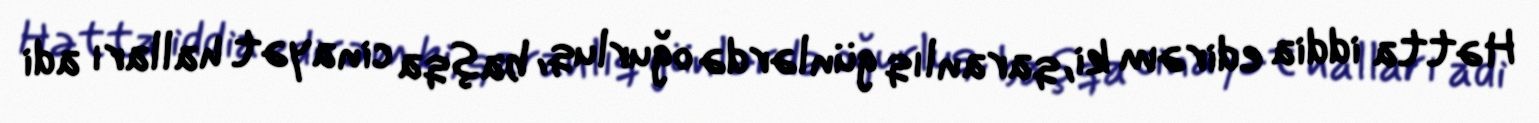
Hətta iddia edirəm ki, qaranlıq günlərdə oğurluq, başqa cinayət halları adi